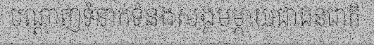
បណ្តាញទំនាក់ទំនងសង្គមម្តាយជាជនជាតិ